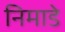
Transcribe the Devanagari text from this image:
निमाडे